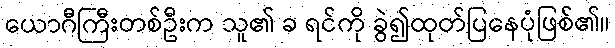
ယောဂီကြီးတစ်ဦးက သူ၏ ခ ရင်ကို ခွဲ၍ထုတ်ပြနေပုံဖြစ်၏။